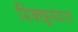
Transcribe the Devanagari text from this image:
भिक्खुसंघात